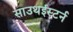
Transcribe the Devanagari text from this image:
साउथईस्टर्न